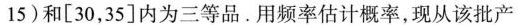
15)和[30，35]内为三等品。用频率估计概率，现从该批产